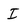
Character: I